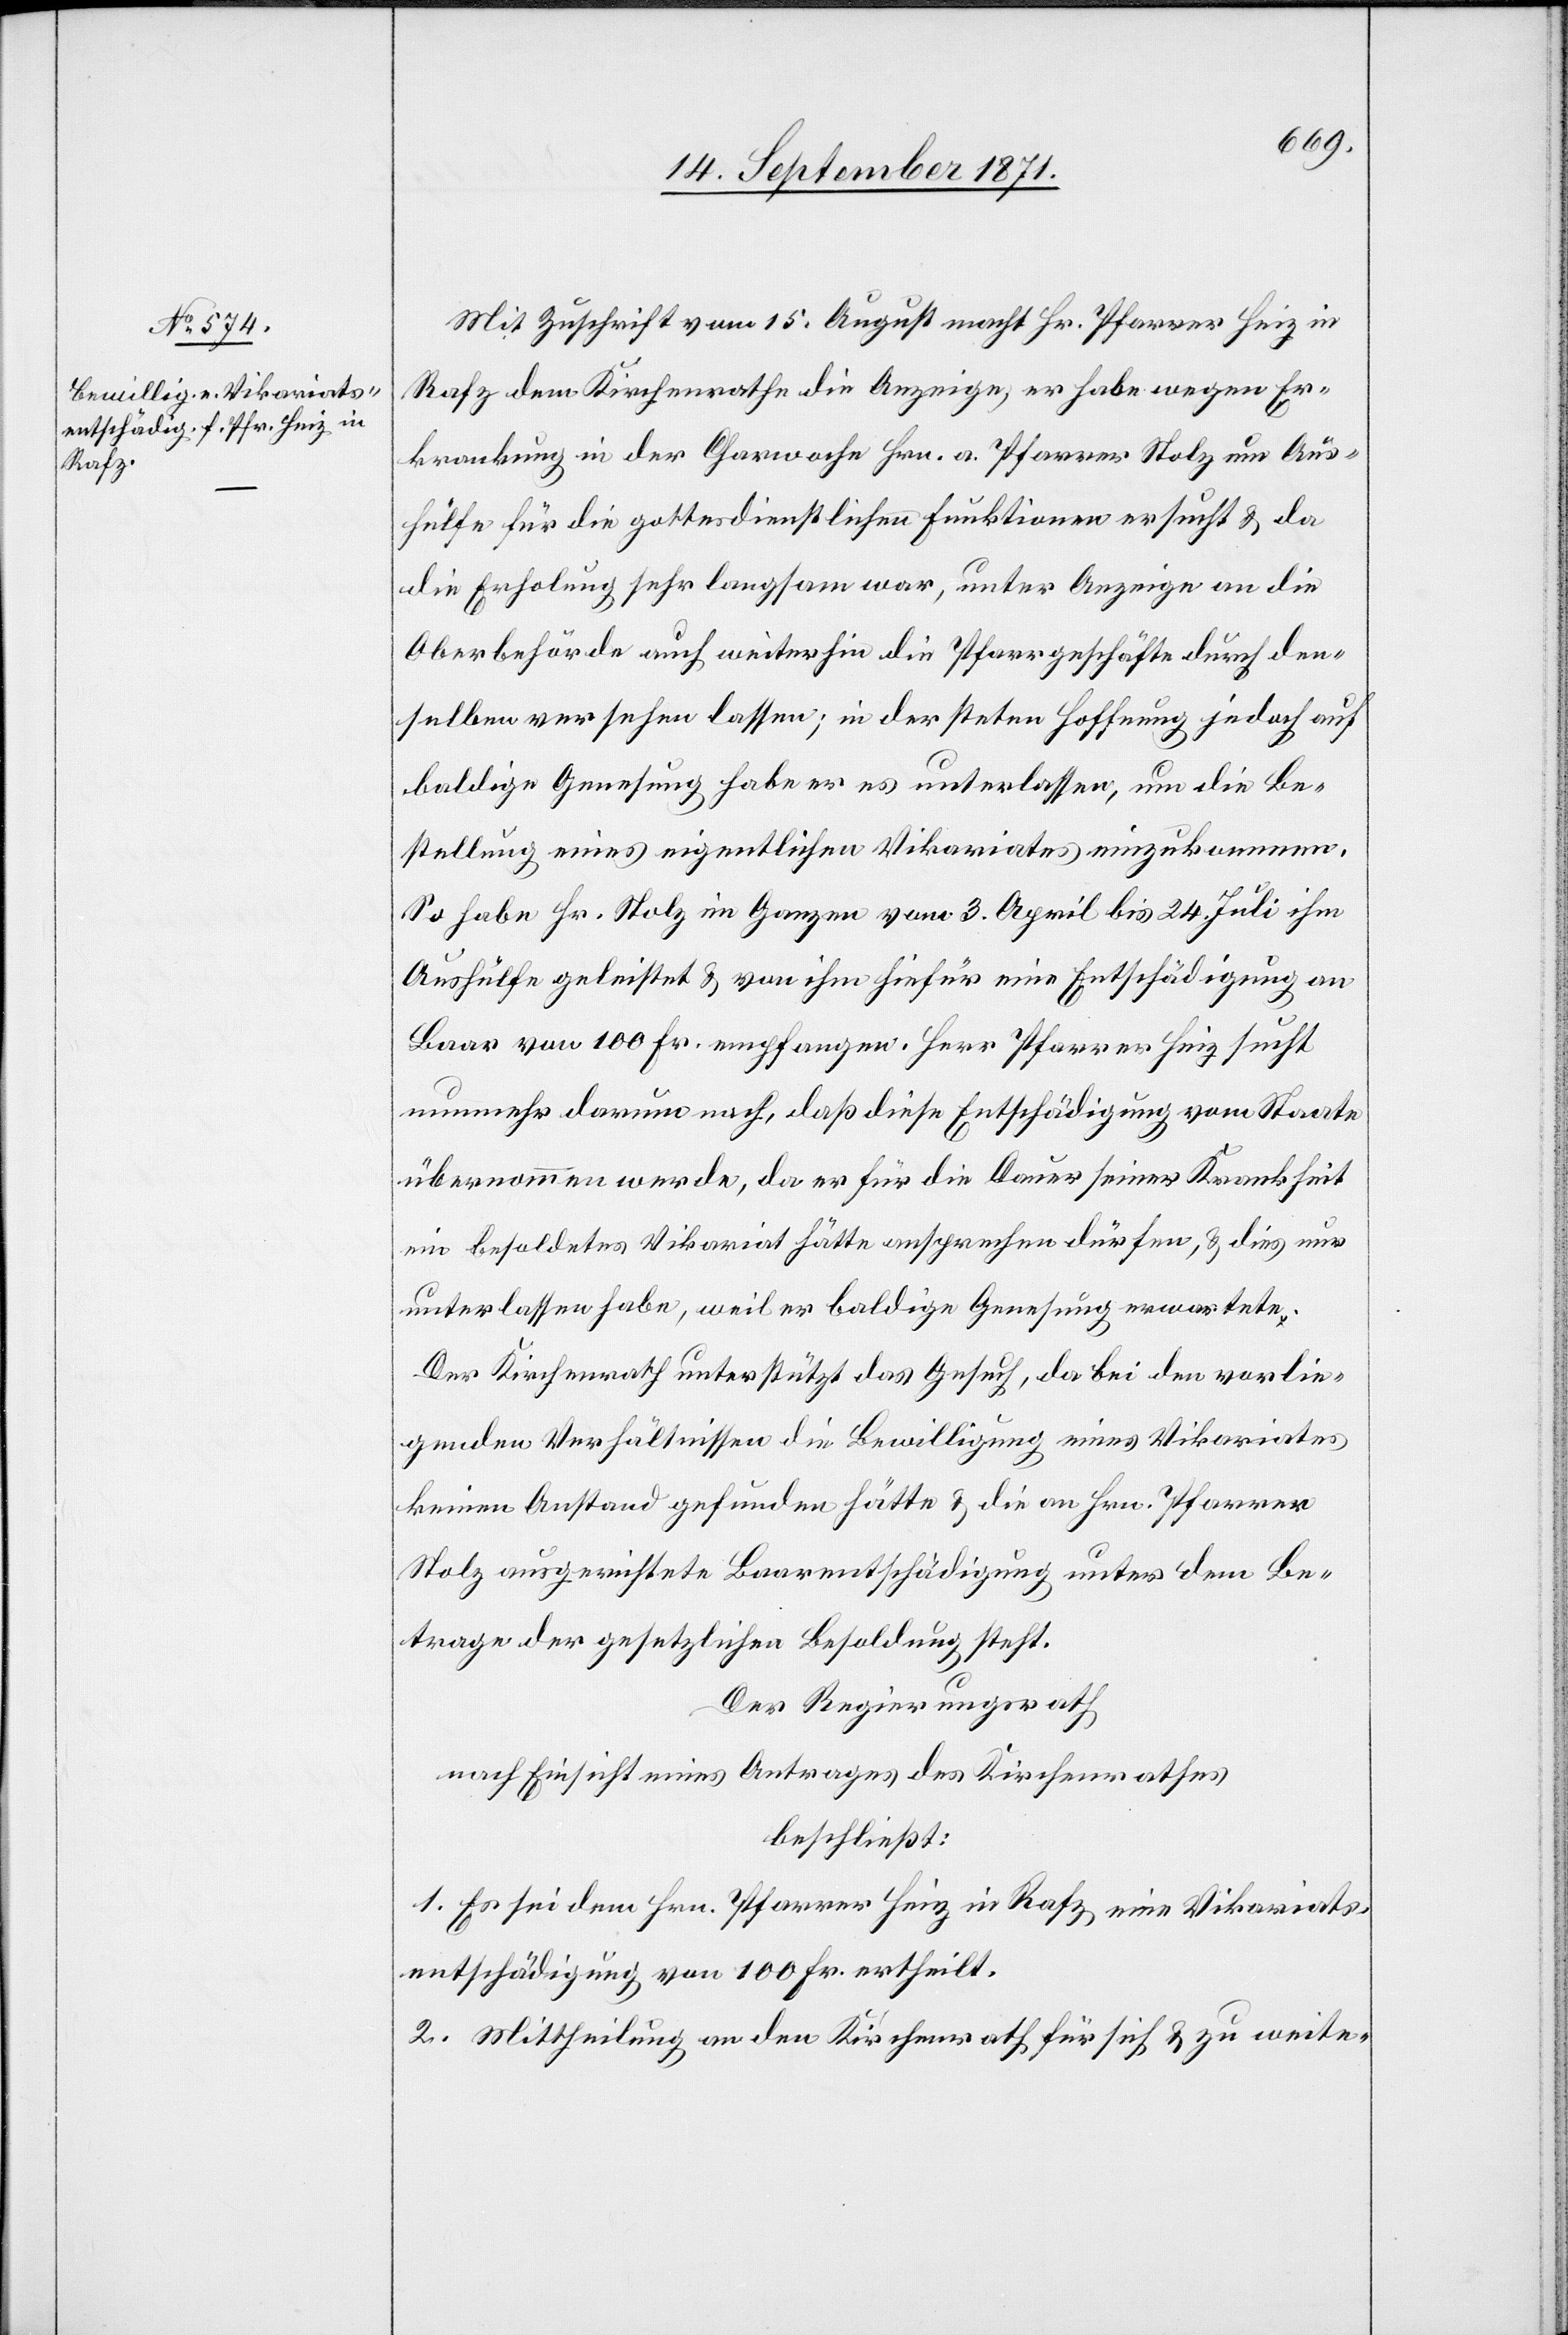
Mit Zuschrift vom 15. August macht Hr. Pfarrer Heiz in
Rafz dem Kirchenrath die Anzeige, er habe wegen Er¬
krankung in der Charwoche Hrn. a. Pfarrer Stolz um Aus¬
hülfe für die gottesdienstlichen Funktionen ersucht & da
die Erholung sehr langsam war, unter Anzeige an die
Oberbehörde auch weiterhin die Pfarrgeschäfte durch den¬
selben versehen lassen; in der steten Hoffnung jedoch auf
baldige Genesung habe er es unterlassen, um die Be¬
stellung eines eigentlichen Vikariats einzukommen.
So habe Hr. Stolz im Ganzen vom 3. April bis 24. Juli ihm
Aushülfe geleistet & von ihm hirfür eine Entschädigung an
Baar von 100 Fr. empfangen. Herr Pfarrer Heiz sucht
nunmehr darum nach, daß diese Entschädigung vom Staate
übernommen werde, da er für die Dauer seiner Krankheit
ein besoldetes Vikariat hätte ansprechen dürfen, & dies nur
unterlassen habe, weil er baldige Genesung erwartete.
Der Kirchenrath unterstützt das Gesuch, da bei den vorlie¬
genden Verhältnissen die Bewilligung eines Vikariates
keinen Anstand gefunden hätte & die an Hrn. Pfarrer
Stolz ausgerichtete Baarentschädigung unter dem Be¬
trage der gesetzlichen Besoldung steht.
Der Regierungsrath
nach Einsicht eines Antrages des Kirchenrathes
beschließt:
1. Es sei dem Hrn. Pfarrer Heiz in Rafz eine Vikariats¬
entschädigung von 100 Fr. ertheilt.
2. Mittheilung an den Kirchenrath für sich & zur weite-